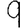
Digit: 9